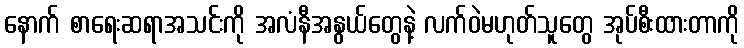
နောက် စာရေးဆရာအသင်းကို အလံနီအနွယ်တွေနဲ့ လက်ဝဲမဟုတ်သူတွေ အုပ်စီးထားတာကို